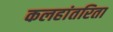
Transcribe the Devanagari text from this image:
कलहांतरिता